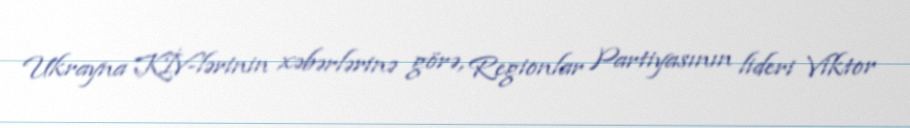
Ukrayna KİV-lərinin xəbərlərinə görə, Regionlar Partiyasının lideri Viktor